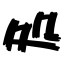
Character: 処